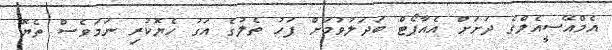
އެމްއޭސީއެލްގެ ދަށަށް އެއާޕޯޓް ބަދަލުވުމަށް ފަހު ތެލުގެ އަގު ހެޔޮކުރި ނަމަވެސް ތެޔޮ